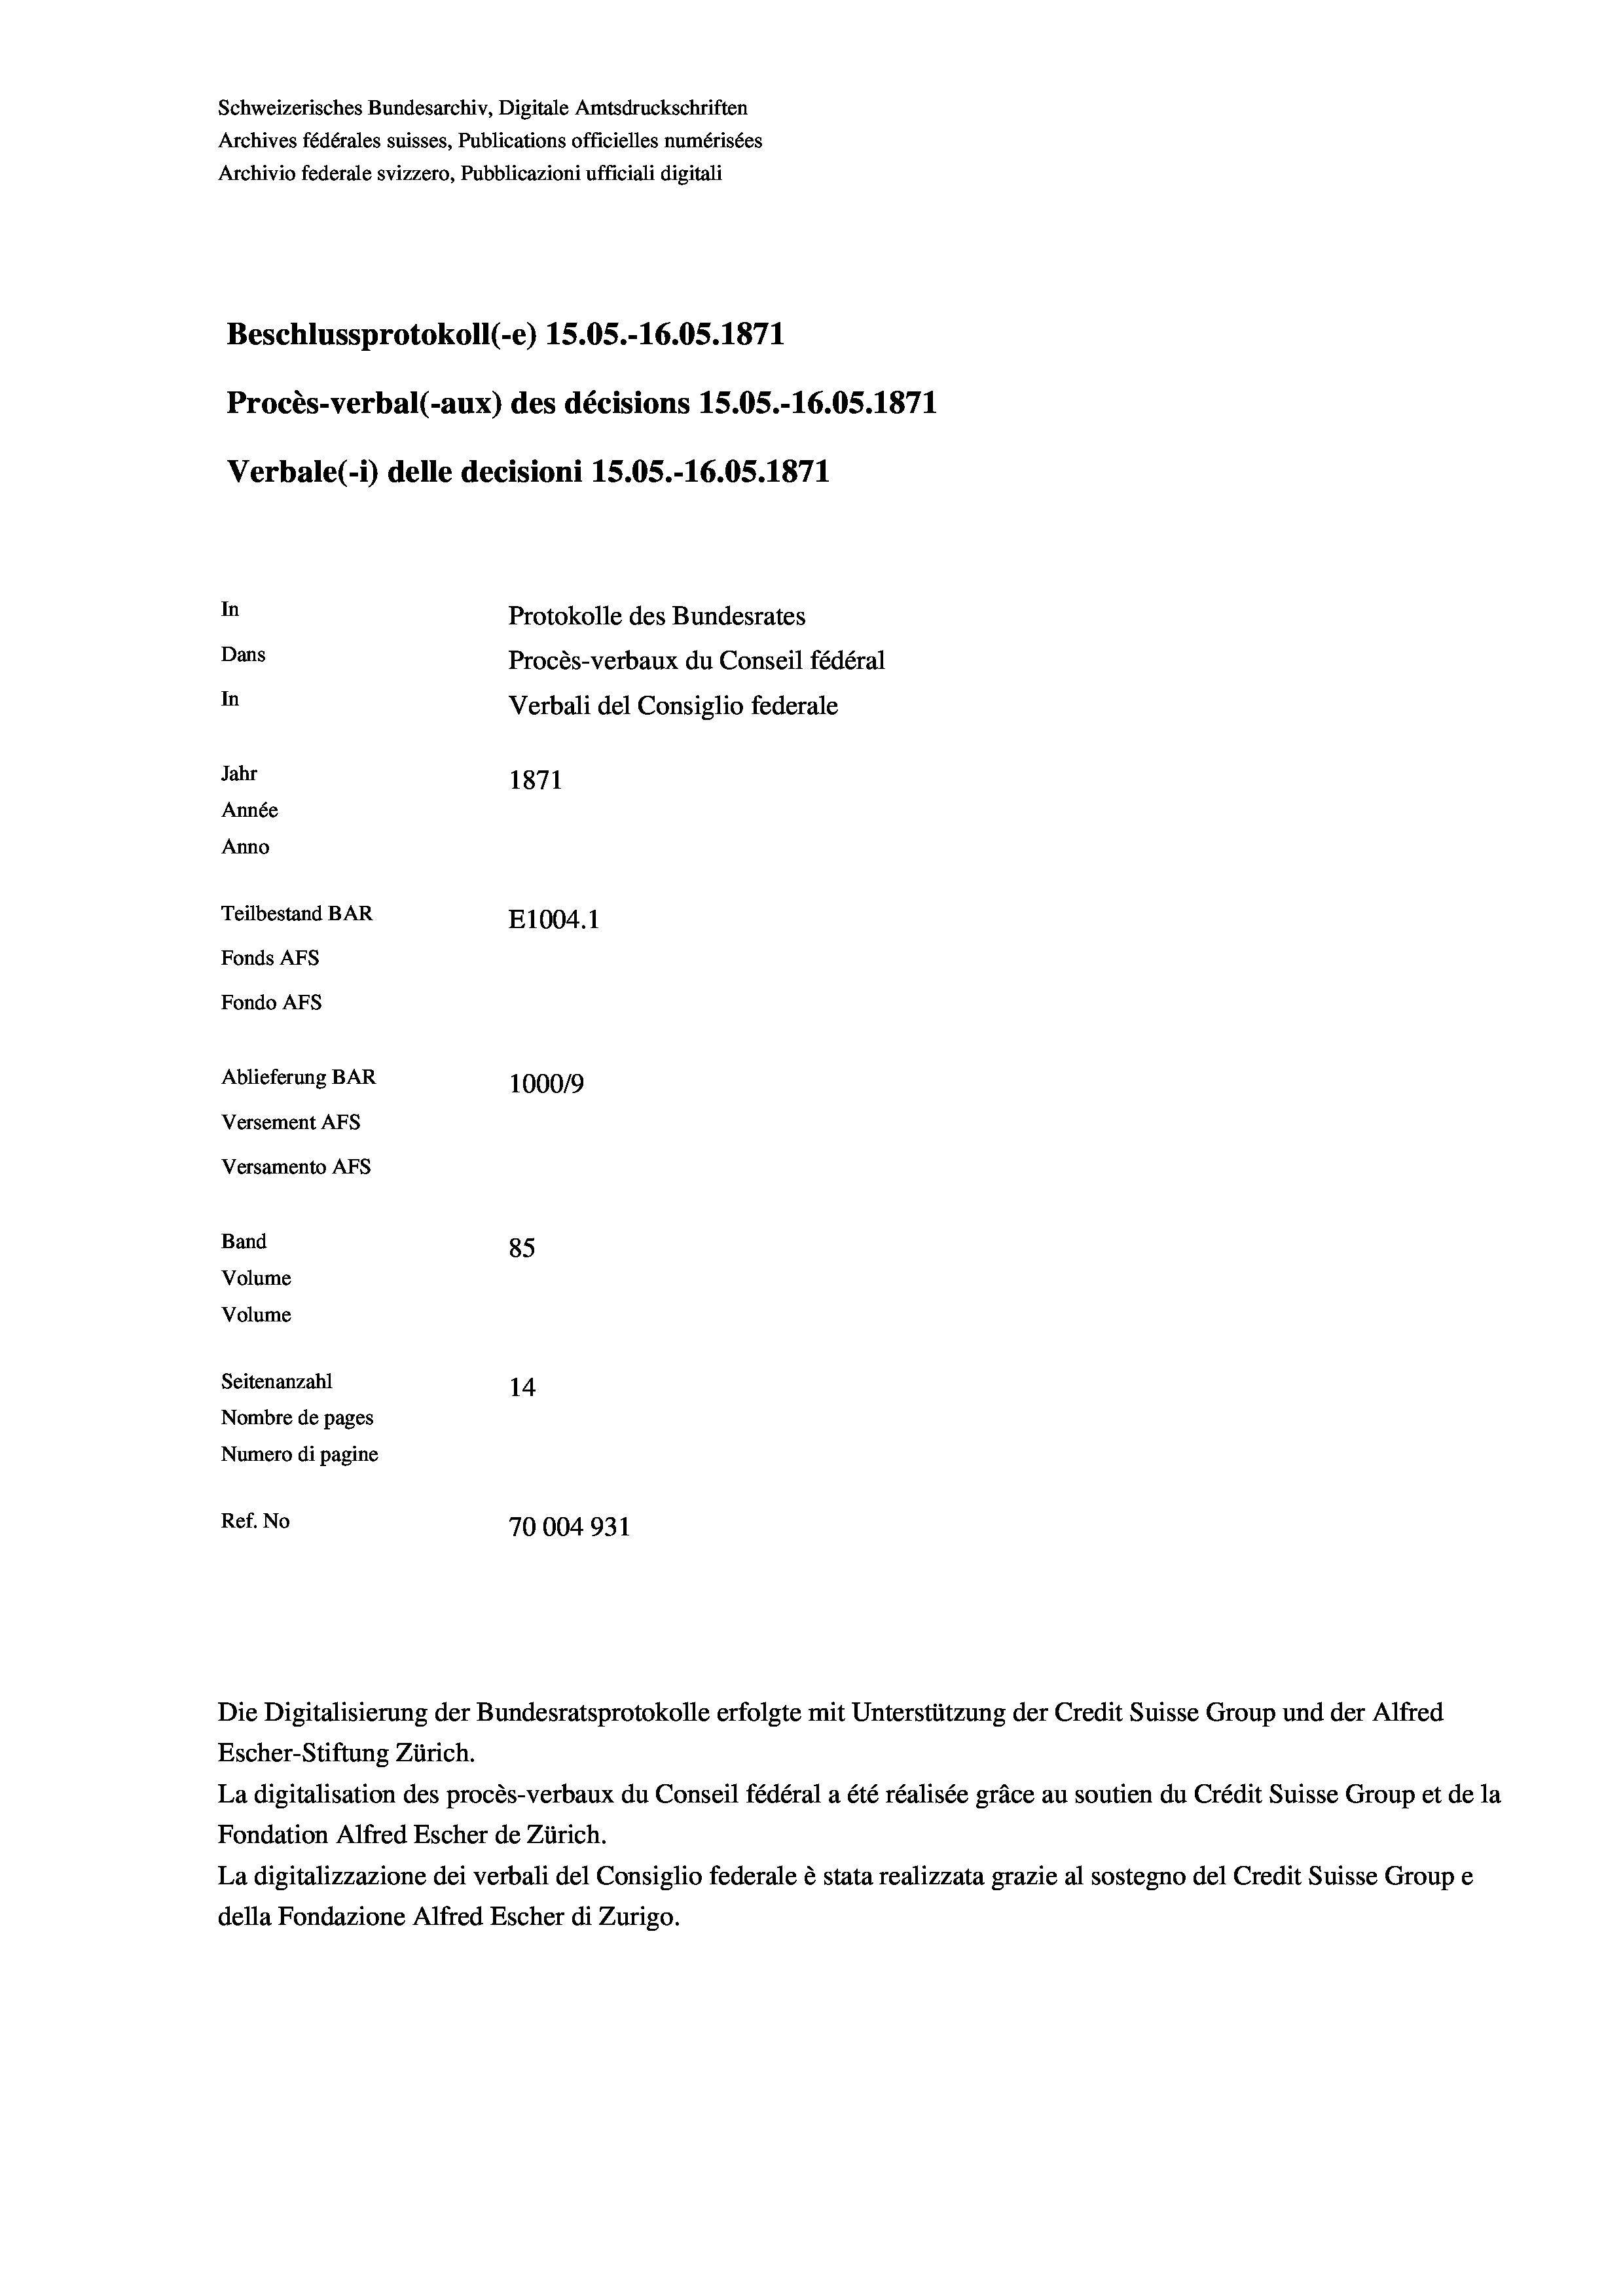
Schweizerisches Bundesarchiv, Digitale Amtsdruckschriften
Archives fédérales suisses, Publications officielles numérisées
Archivio federale svizzero, Pubblicazioni ufficiali digitali
Beschlussprotokoll (-e) 15.05.-16.05. 1871
Procès-verbal (-aux) des décisions 15.05.-16.05. 1871
Verbale(*) delle decisioni 15.05.-16.05. 1871
In
Protokolle des Bundesrates
Dans
Procès-verbaux du Conseil fédéral
In
Verbali del Consiglio federale
Jahr
1871
Année
Anno
Teilbestand BAR
E1004. 1
Fonds AFs
Fondo AFs
Ablieferung BAR
100019
Versement AFs
Versamento AFs
Band
85
Volume
Volume
Seitenanzahl
14
Nombre de pages
Numero di pagine

Ref. No
70004931

Escher-Stiftung Zürich.
La digitalisation des procès-verbaux du Conseil fédéral a été réalisée gräce au soutien du Crédit Suisse Group et de la
Fondation Alfred Escher de Zürich.
La digitalizzazione dei verbali del Consiglio federale è stata realizzata grazie al sostegno del Credit Suisse Groupe
della Fondazione Alfred Escher di Zurigo.

Die Digitalisierung der Bundesratsprotokolle erfolgte mit Unterstützung der Credit Suisse Group und der Alfred